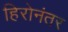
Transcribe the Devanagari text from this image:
हिरोनंतर